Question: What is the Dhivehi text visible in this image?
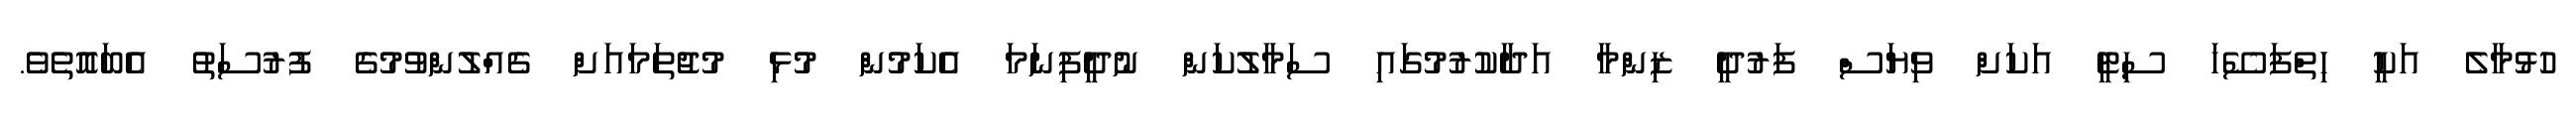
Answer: ހުޅުމާލެ އަކީ ހިތްފަސޭހަ ސިޓީ އަކަށް ވިޔަސް ފަރުދީ ޒިންމާ އަދާކުރުމުގައި ސަމާލުކަން ނުދީފިނަމަ އެކަމުން މުޅި މުޖުތަމައަށް ގެއްލުންވުމުގެ ފުރުސަތު އެބައޮތެވެ.